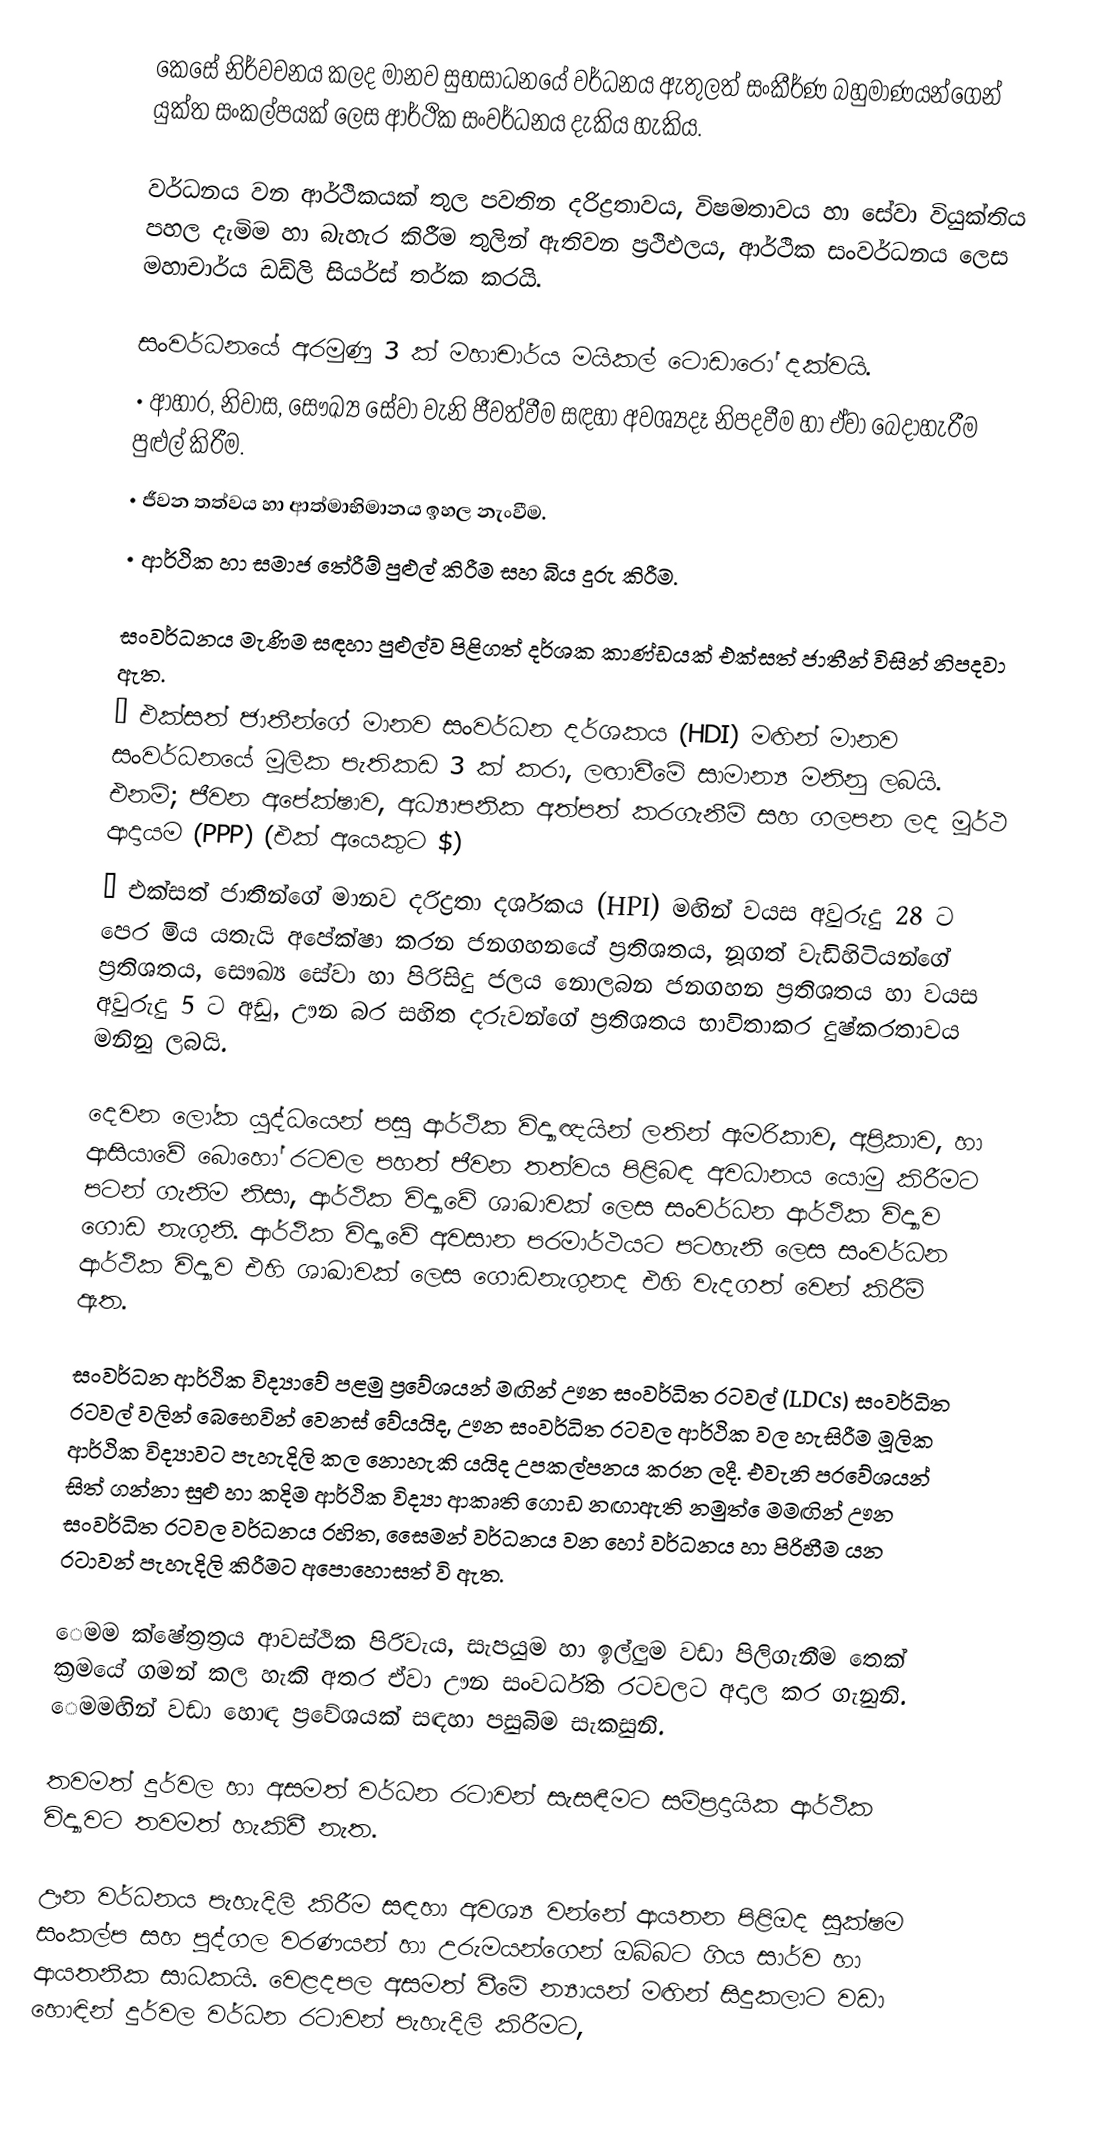
‍කෙසේ නිර්වචනය කලද මානව සුභසාධනයේ වර්ධනය ඇතුලත් සංකීර්ණ බහුමාණයන්ගෙන් යුක්ත සංකල්පයක් ලෙස ආර්ථික සංවර්ධනය දැකිය හැකිය.

වර්ධනය වන ආර්ථිකයක් තුල පවතින දරිද්‍රතාවය, විෂමතාවය හා සේවා වියුක්තිය පහල දැමිම හා බැහැර කිරීම තුලින් ඇතිවන ප්‍රථිඵලය, ආර්ථික සංවර්ධනය ලෙස මහාචාර්ය ඩඩ්ලි සියර්ස් තර්ක කරයි.

සංවර්ධනයේ අරමුණු 3 ක් මහාචාර්ය මයිකල් ටොඩාරෝ දක්වයි.
•	ආහාර, නිවාස, සෞඛ්‍ය සේවා වැනි ජීවත්වීම සඳහා අවශ්‍යදෑ නිපදවීම හා ඒවා බෙදාහැරීම පුළුල් කිරීම.
•	ජීවන තත්වය හා ආත්මාභිමානය ඉහල නැංවීම.
•	ආර්ථික හා සමාජ තේරීම් පුළුල් කිරීම සහ බිය දුරු කිරීම.

සංවර්ධනය මැණිම සඳහා පුළුල්ව පිළිගත් දර්ශක කාණ්ඩයක් එක්සත් ජාතීන් විසින් නිපදවා ඇත.
•	එක්සත් ජාතීන්ගේ මානව සංවර්ධන දර්ශකය (HDI) මඟින් මානව සංවර්ධනයේ මූලික පැතිකඩ 3 ක් කරා, ලඟාවීමේ සාමාන්‍ය මනිනු ලබයි. එනම්;  ජීවන අපේක්ෂාව, අධ්‍යාපනික අත්පත් කරගැනීම් සහ ගලපන ලද මූර්ථ ආදායම (PPP) (එක් අයෙකුට  $)
•	එක්සත් ජාතීන්ගේ මානව දරිද්‍රතා දර්ශකය (HPI) මඟින් වයස අවුරුදු 28 ට පෙර මිය යතැයි අපේක්ෂා කරන ජනගහනයේ ප්‍රතිශතය, නූගත් වැඩිහිටියන්ගේ ප්‍රතිශතය, සෞඛ්‍ය සේවා හා පිරිසිදු ජලය නොලබන ජනගහන ප‍්‍රතිශතය හා වයස අවුරුදු 5 ට අඩු, ඌන බර සහිත දරුවන්ගේ ප්‍රතිශතය භාවිතාකර දුෂ්කරතාවය මනිනු ලබයි.

දෙවන ලෝක යුද්ධයෙන් පසු ආර්ථික විද්‍යාඥයින් ලතින් ඇමරිකාව, අප්‍රිකාව, හා ආසියාවේ බොහෝ රටවල පහත් ජීවන තත්වය පිළිබඳ අවධානය යොමු කිරීමට පටන් ගැනිම නිසා, ආර්ථික විද්‍යාවේ ශාඛාවක් ලෙස සංවර්ධන ආර්ථික විද්‍යාව ගොඩ නැගුනි.  ආර්ථික විද්‍යාවේ අවසාන පරමාර්ථයට පටහැනි ලෙස සංවර්ධන ආර්ථික විද්‍යාව එහි ශාඛාවක් ලෙස ගොඩනැගුනද එහි වැදගත් වෙන් කිරීම් ඇත.

සංවර්ධන ආර්ථික විද්‍යාවේ පළමු ප්‍රවේශයන් මඟින් ඌන සංවර්ධිත රටවල් (LDCs) සංවර්ධිත රටවල් වලින් බෙභෙවින් වෙනස් වේයයිද, ඌන සංවර්ධිත රටවල ආර්ථික වල හැසිරීම මූලික ආර්ථික විද්‍යාවට පැහැදිලි කල නොහැකි යයිද උපකල්පනය කරන ලදී.  එවැනි ප‍්‍රවේශයන් සිත් ගන්නා සුළු හා කදිම ආර්ථික විද්‍යා ආකෘති ගොඩ නඟාඇති නමුත් ‍‍ෙමමඟින් ඌන සංවර්ධිත රටවල වර්ධනය රහිත, සෙ‍ෙමන් වර්ධනය වන හෝ වර්ධනය හා පිරිහීම යන රටාවන් පැහැදිලි කිරීමට අපොහොසත් වි ඇත.

‍‍ෙමම ක්ෂේත්‍රත‍්‍රය ආවස්ථික පිරිවැය, සැපයුම හා ඉල්ලුම වඩා පිලිගැනීම තෙක් ක්‍රමයේ ගමන් කල හැකි අතර ඒවා ඌන සංවර්ධිත රටවලට අදාල කර ගැනුනි.  ‍ෙමමඟින් වඩා හොඳ ප්‍ර‍වේශයක් සඳහා පසුබිම සැකසුනි.

තවමත් දුර්වල හා අසමත් වර්ධන රටාවන් සැසඳීමට සම්ප‍්‍රදායික ආර්ථික විද්‍යාවට තවමත් හැකිවී නැත.

ඌන වර්ධනය පැහැදිලි කිරීම සඳහා අවශ්‍ය වන්නේ ආයතන පිළිඔද සූක්ෂම සංකල්ප සහ පුද්ගල වරණයන් හා උරුමයන්ගෙන් ඔබ්බට ගිය සාර්ව හා ආයතනික සාධකයි.  වෙළදපල අසමත් වීමේ න්‍යායන් මඟින් සිදුකලාට වඩා හොඳින් දුර්වල වර්ධන රටාවන් පැහැදිලි කිරීමට,